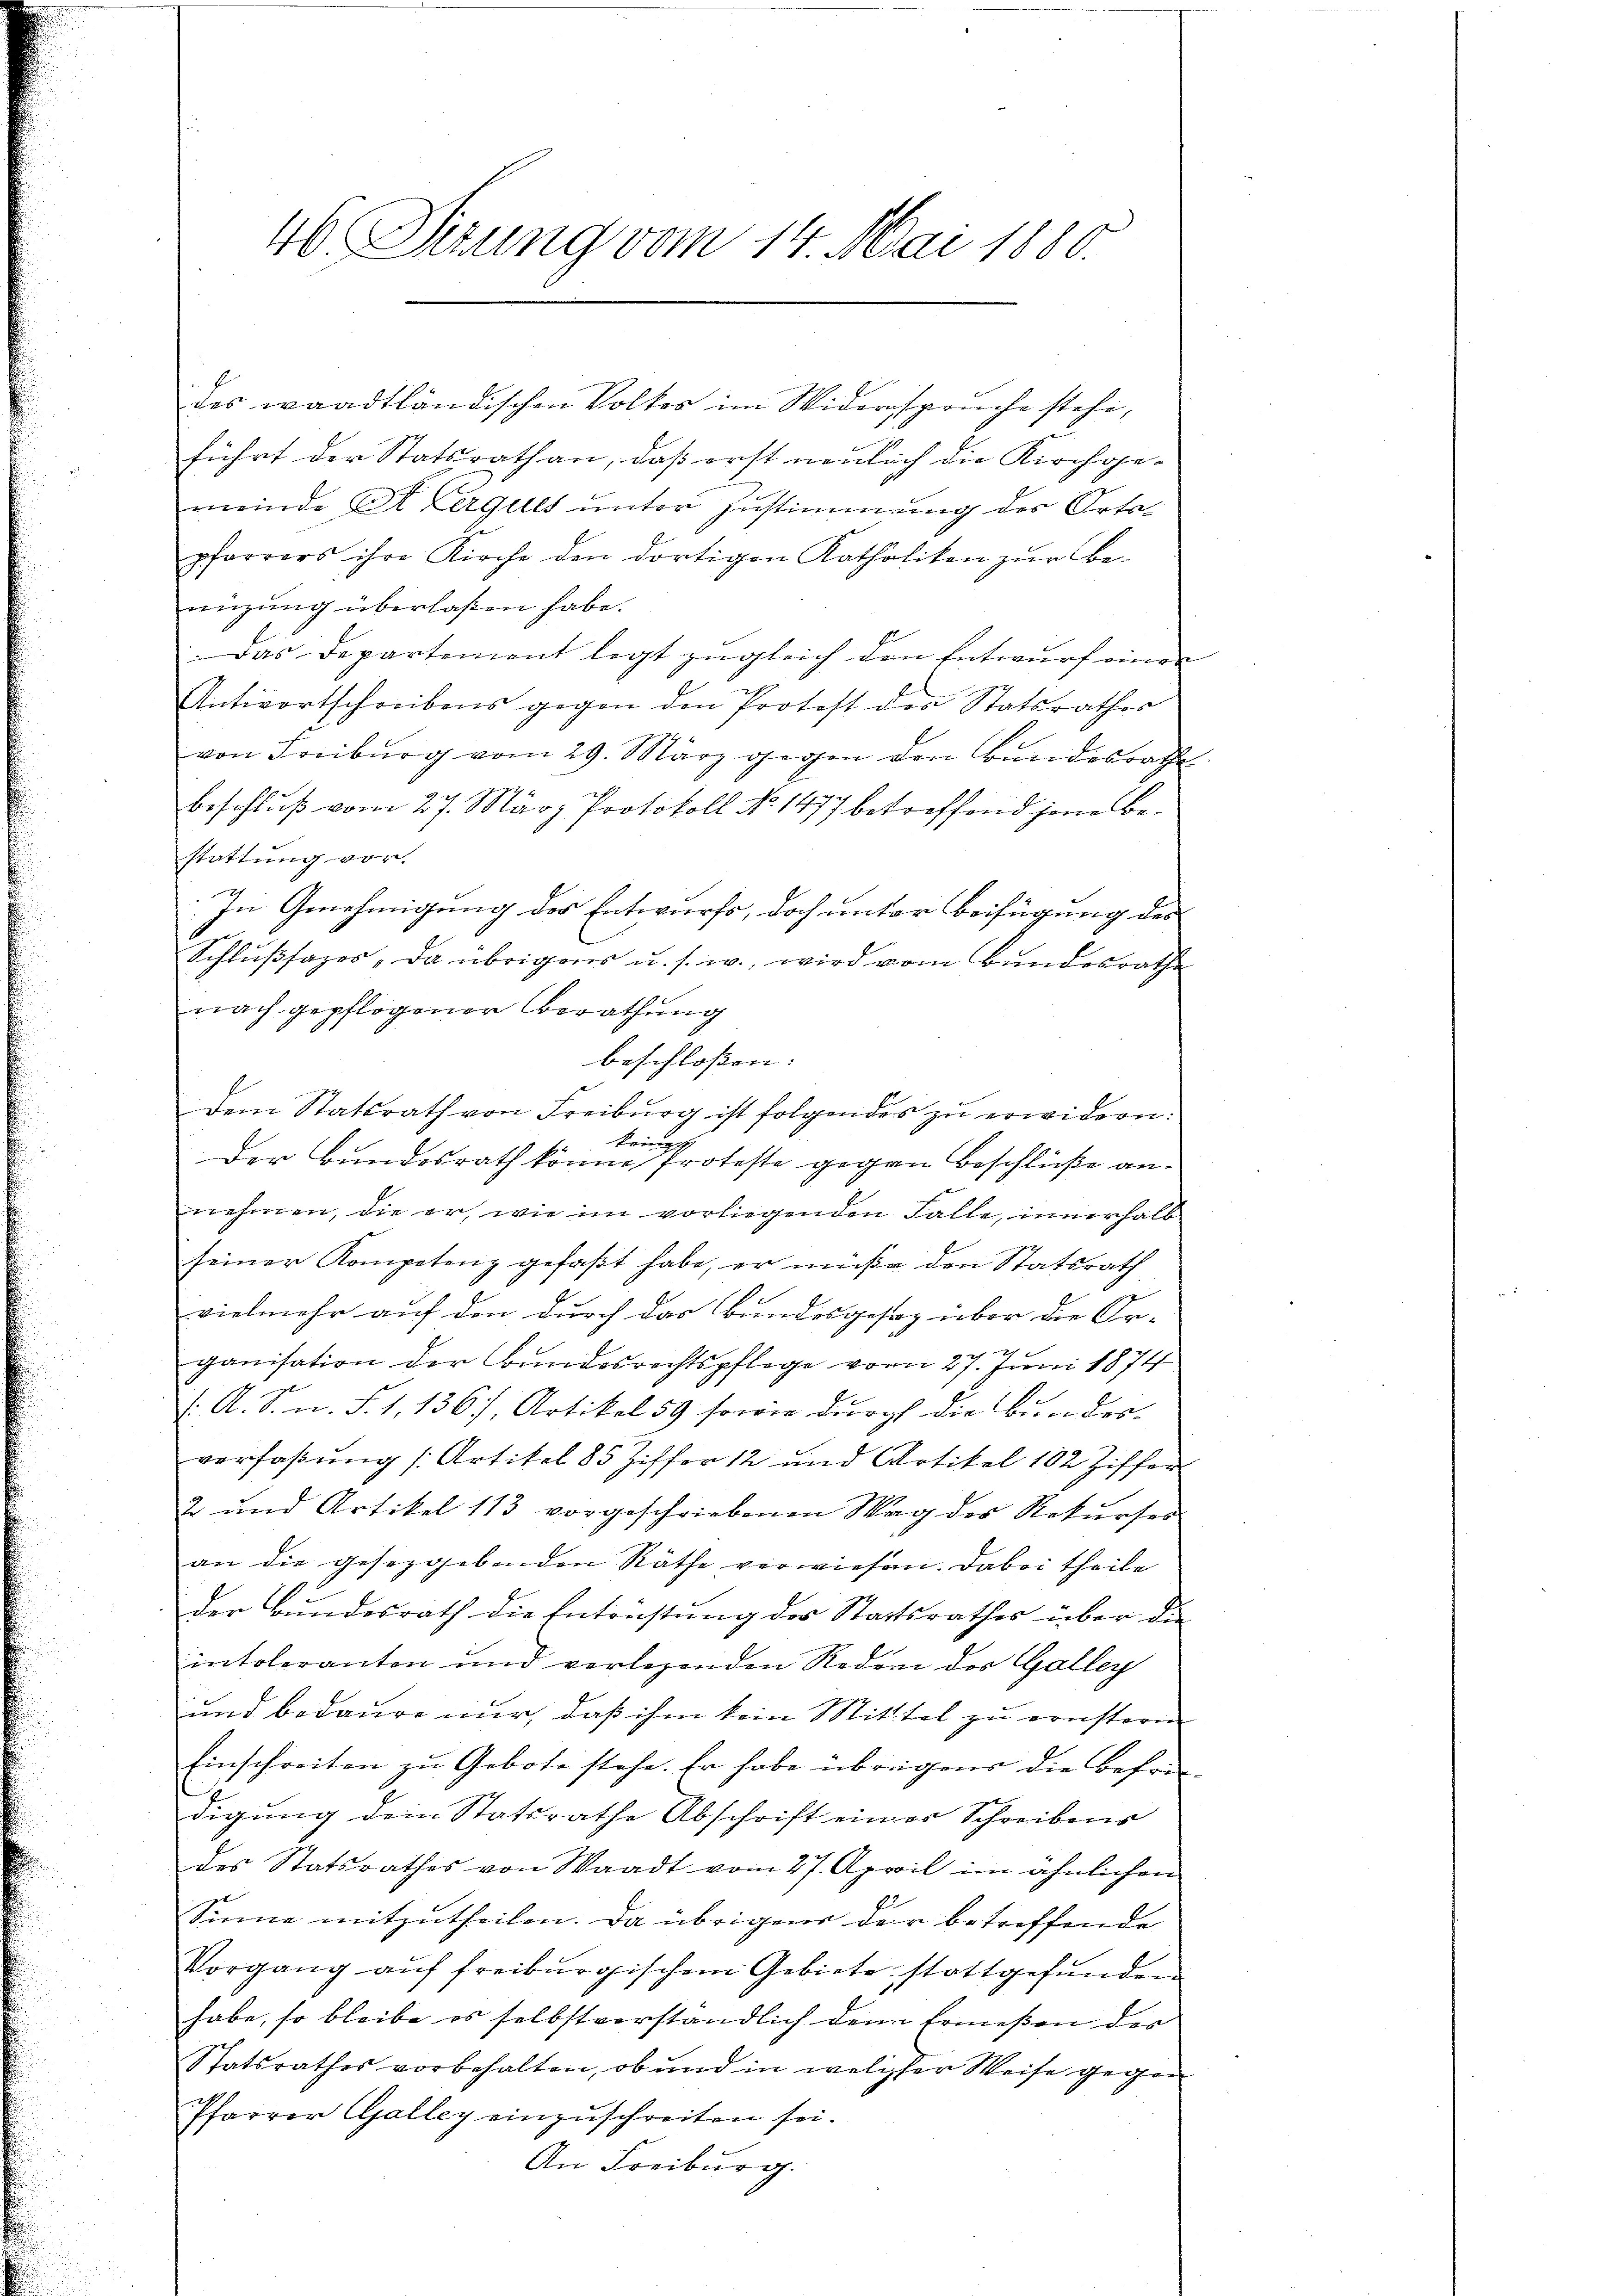
46. Sitzung vom 14. Mai 1880.

des waadtländischen Volkes im Widerspruche stehe,
führt der Statsrathan, daß erst neulich die Kirchge-
meinde Stegelt unter Zustimmung des Orte
pfarrers ihre Kirche den dortigen Katholiken zur Be-
nüzung überlaßen habe.
Das Departement legt zugleich den Entwurf einen
Antwortschreibens gegen den Protest des Statsrathes
von Freiburg vom 29. März gegen den Bundesrathe
Beschluß vom 27. März Protokoll No 1477 betreffend jene Bestattung vor.
In Genehmigung der Entwurfs, doch unter Beifügung des
Schlußsazes, da übrigens u. s. w., wird vom Bundesrathe
nach gepflogener Berathung
Dem Statsrath von Freiburg ist folgendes zu erwidern:
krieg
Der Bundesrath könne Proteste gegen Beschlüße an:
nehmen, die er, wie im vorliegenden Falle, innerhalb
seiner Kompetenz gefaßt habe, er müße den Statsrath
vielmehr auf den durch das Bundesgesag über die Or-
ganisation der Bundesrechtspflege vom 27. Juni 1874
: A. S. n. F. 1,136), Artikel 59 sowie durch die Bundesverfaßung (Artikel 85 Ziffer 12 und Artikel 102 Ziffer
2 und Artikel 113 vorgeschriebenen Wag der Rekurses
an die gesetzgebenden Räthe verwiesen. Dabei theile
der Bundesrath die Entrüstung des Staatsrathes über die
intoleranten und verlesenden Redoni der Galley
und bedaure nur, daß ihm kein Mittel zu ernstern
Einschreiten zu Gebote stehe. Er habe übrigend die Befriedigung dem Statsrathe Abschrift einer Schreibens
des Statsrathes von Waadt vom 27. April im ähnlichen
Sonne mitzutheilen. Da übrigen der betreffende
Vorgang aŭf freiburgischem Gebiete stattgefŭnden
habe, so bleibe es selbstverständlich den Ermeßen der
Statsrathes vorbehalten, ob und in welcher Weise gegen
Pfarrer Galley einzŭschreiten sei.
An Freiburg.

beschloßen: